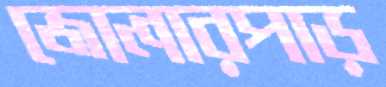
জোলারপাড়